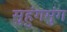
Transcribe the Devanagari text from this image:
सुहुंगमुंग